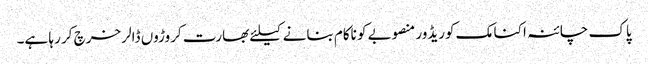
پاک چائنہ اکنامک کوریڈور منصوبے کو ناکام بنانے کیلئے بھارت کروڑوں ڈالر خرچ کر رہا ہے۔